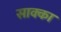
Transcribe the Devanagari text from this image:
साक्का